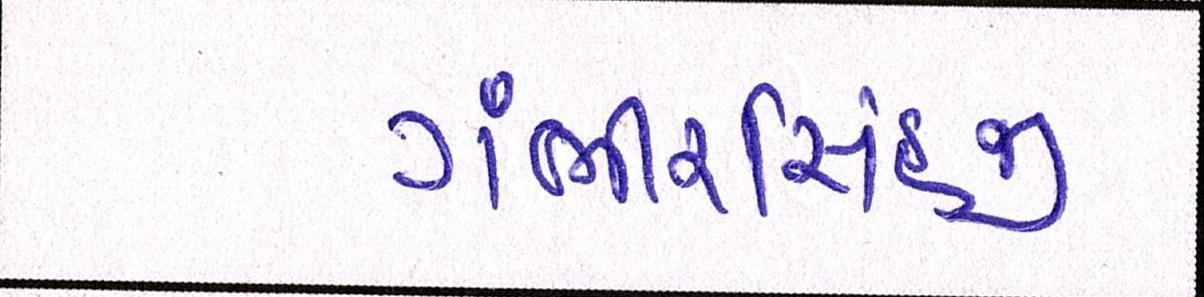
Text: ગંભીરસિંહજી